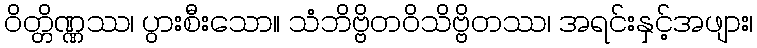
ဝိတ္တိဏ္ဏဿ၊ ပွားစီးသော။ သံဘိဗ္ဗိတဝိသိဗ္ဗိတဿ၊ အရင်းနှင့်အဖျား၊